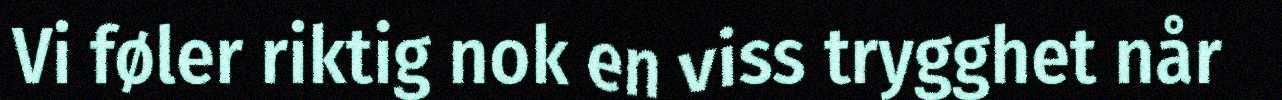
Vi føler riktig nok en viss trygghet når